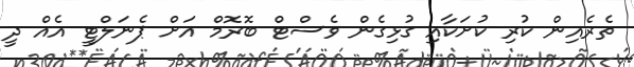
ތެރެއިން ކުރި ކުށަކާއި ގުޅިގެން ވެސްޓް ބޮރޮމް އަށް ޕެނަލްޓީ އެއް ދީ